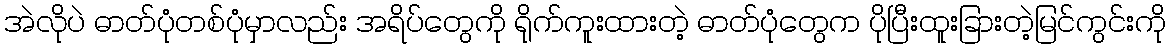
အဲလိုပဲ ဓာတ်ပုံတစ်ပုံမှာလည်း အရိပ်တွေကို ရိုက်ကူးထားတဲ့ ဓာတ်ပုံတွေက ပိုပြီးထူးခြားတဲ့မြင်ကွင်းကို